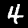
Label: 4